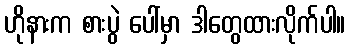
ဟိုနားက စားပွဲ ပေါ်မှာ ဒါတွေထားလိုက်ပါ။